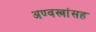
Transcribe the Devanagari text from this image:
अण्वस्त्रांसह